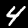
Digit: 4